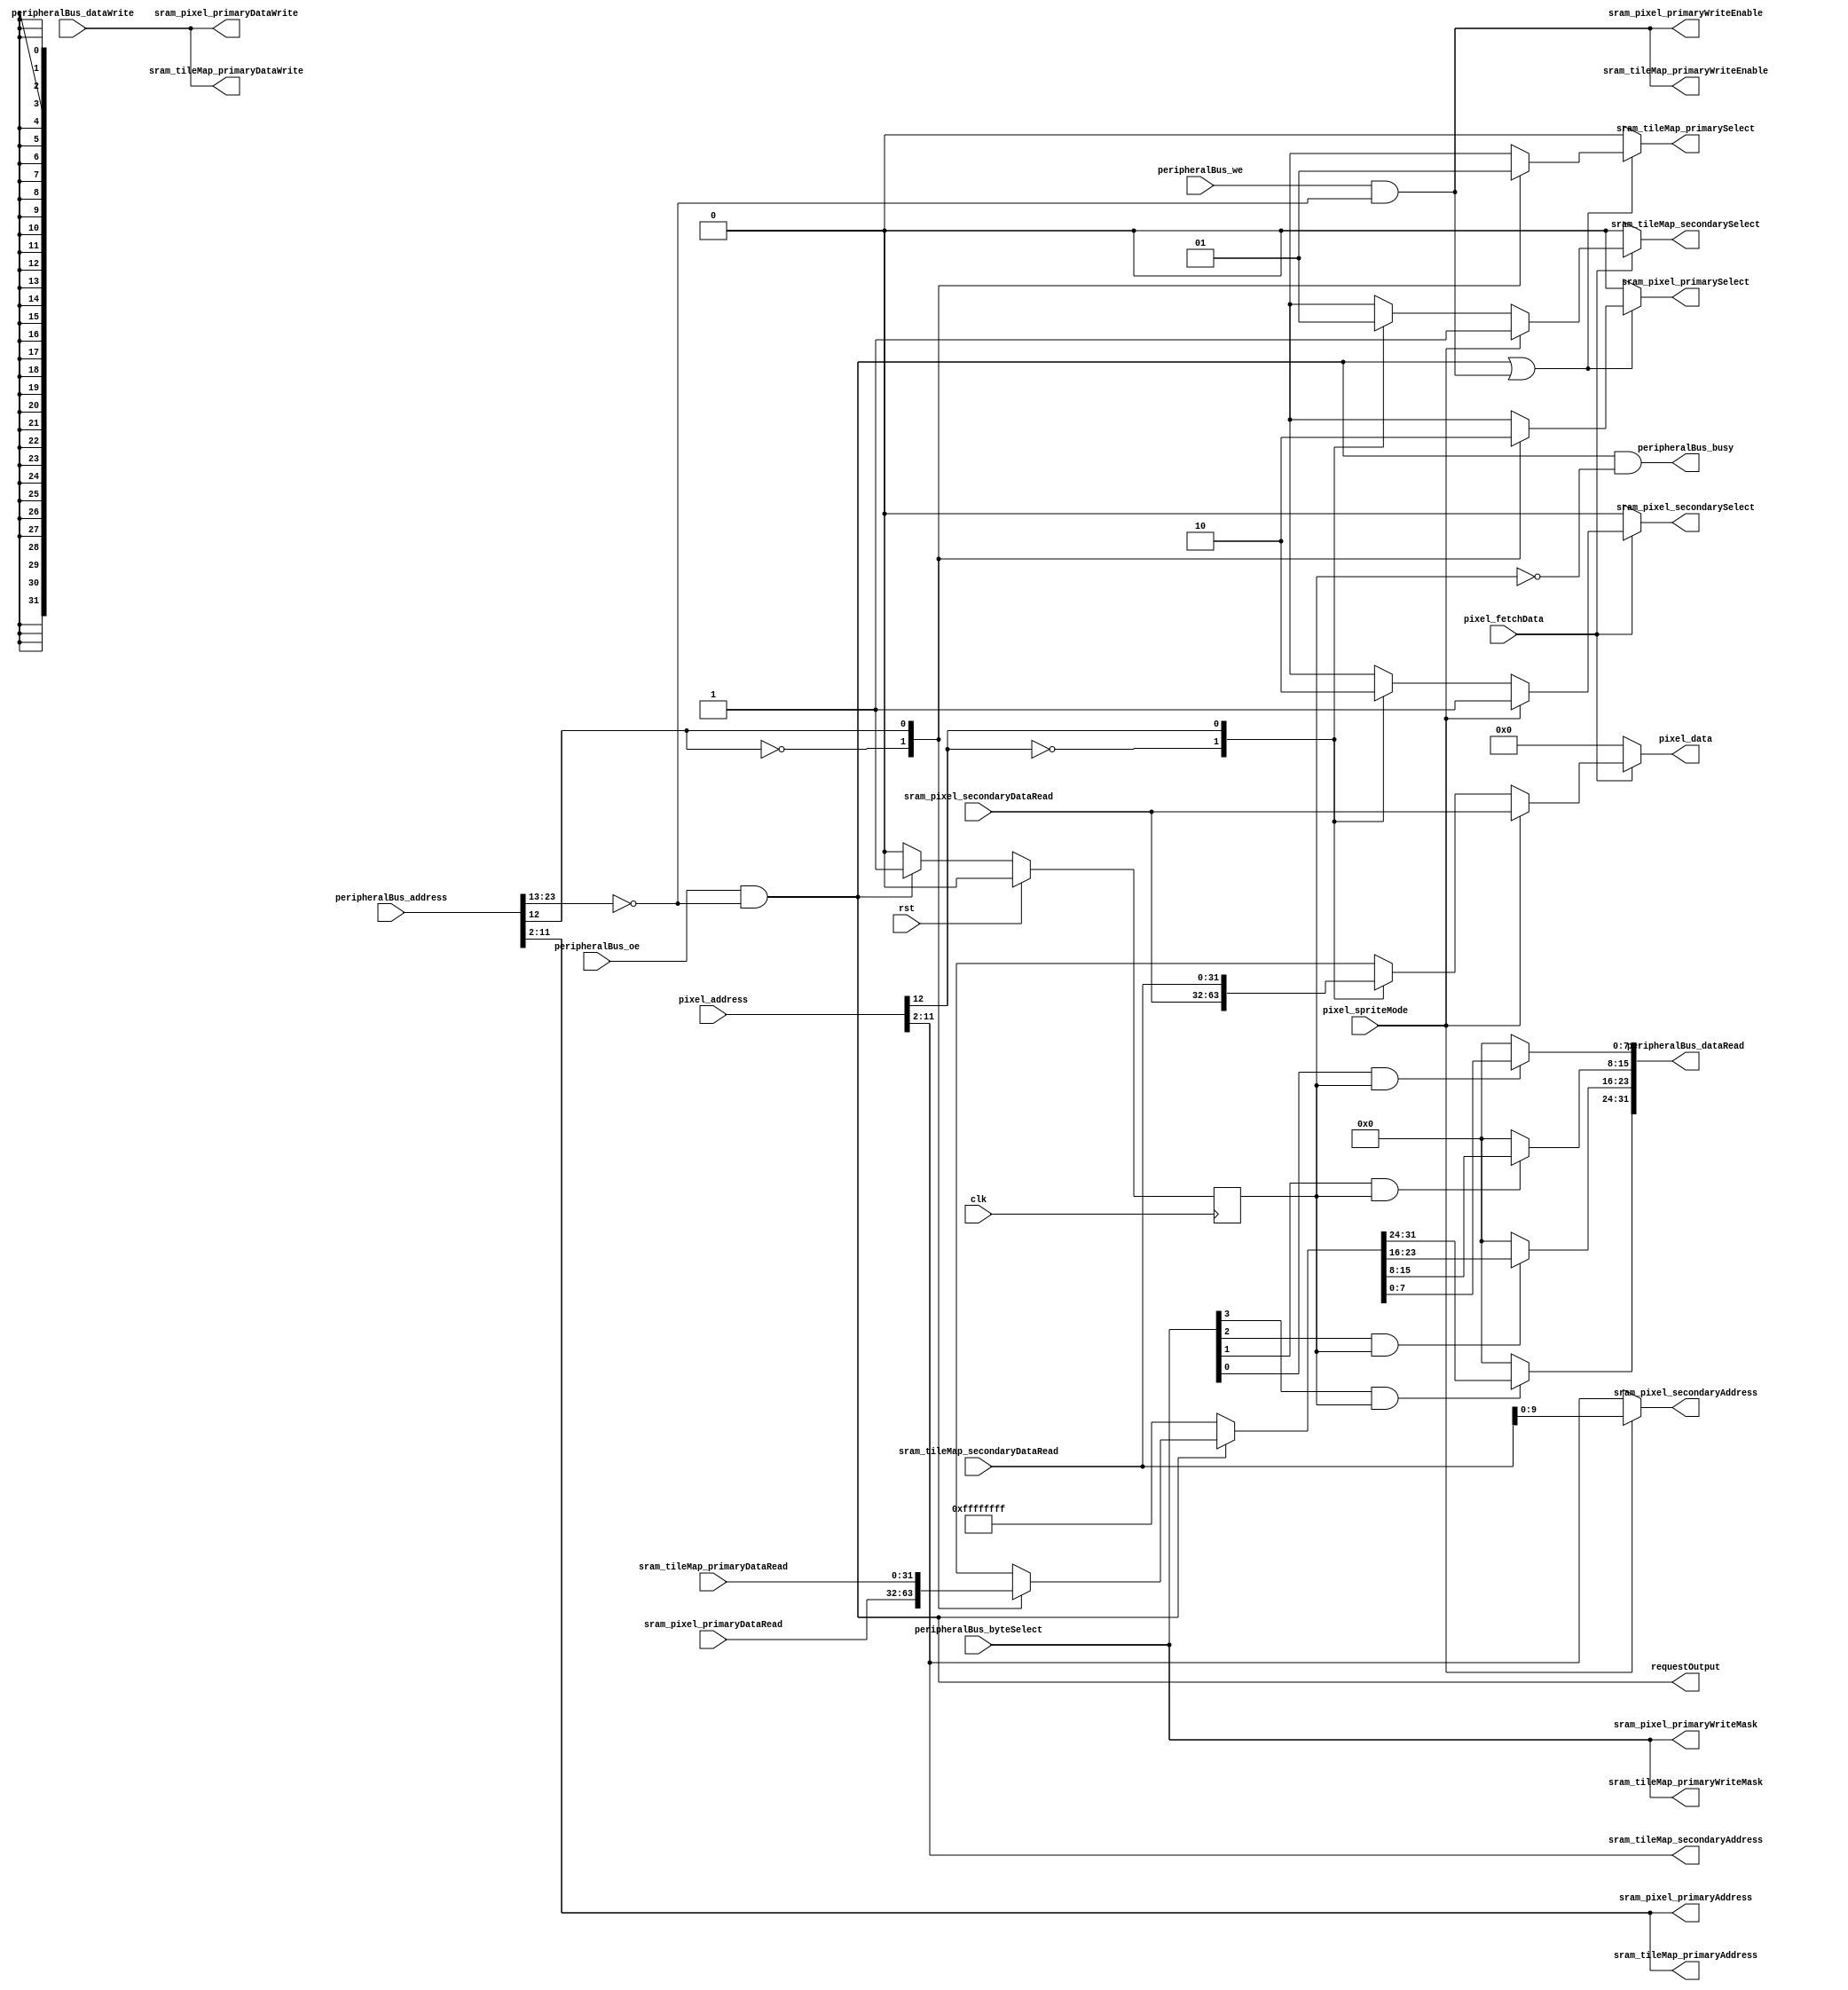
module VideoMemory (
`ifdef USE_POWER_PINS
		inout VPWR,
		inout VGND,
`endif

		input wire clk,
		input wire rst,

		// Peripheral bus interface
		input wire peripheralBus_we,
		input wire peripheralBus_oe,
		output wire peripheralBus_busy,
		input wire[23:0] peripheralBus_address,
		input wire[3:0] peripheralBus_byteSelect,
		input wire[31:0] peripheralBus_dataWrite,
		output wire[31:0] peripheralBus_dataRead,
		output wire requestOutput,

		// Video interface
		input wire pixel_spriteMode,
		input wire pixel_fetchData,
		input wire[SRAM_ADDRESS_SIZE+3-1:0] pixel_address,
		output reg[31:0] pixel_data,

		// Pixel data memory
		// Pixel SRAM rw bus port
		output reg sram_pixel_primarySelect,
		output wire sram_pixel_primaryWriteEnable,
		output wire[3:0] sram_pixel_primaryWriteMask,
		output wire[SRAM_ADDRESS_SIZE-1:0] sram_pixel_primaryAddress,
		output wire[31:0] sram_pixel_primaryDataWrite,
		input wire[31:0] sram_pixel_primaryDataRead,

		// pixel SRAM r draw port
		output reg sram_pixel_secondarySelect,
		output reg[SRAM_ADDRESS_SIZE-1:0] sram_pixel_secondaryAddress,
		input wire[31:0] sram_pixel_secondaryDataRead,

		// Pixel data memory or tilemap memory depending on mode
		// Tilemap SRAM rw bus port
		output reg sram_tileMap_primarySelect,
		output wire sram_tileMap_primaryWriteEnable,
		output wire[3:0] sram_tileMap_primaryWriteMask,
		output wire[SRAM_ADDRESS_SIZE-1:0] sram_tileMap_primaryAddress,
		output wire[31:0] sram_tileMap_primaryDataWrite,
		input wire[31:0] sram_tileMap_primaryDataRead,

		// Tilemap SRAM r draw port
		output reg sram_tileMap_secondarySelect,
		output reg[SRAM_ADDRESS_SIZE-1:0] sram_tileMap_secondaryAddress,
		input wire[31:0] sram_tileMap_secondaryDataRead
	);

	localparam SRAM_ADDRESS_SIZE = 10;
	localparam SRAM_PERIPHERAL_BUS_ADDRESS = 11'h000;

	// ---------------------------------------------------------------- //
	// ----------------------- Primary Bus Port ----------------------- //
	// ---------------------------------------------------------------- //

	wire peripheralBusValidAddress = peripheralBus_address[23:SRAM_ADDRESS_SIZE+3] == SRAM_PERIPHERAL_BUS_ADDRESS;
	wire peripheralBusReadEnable = peripheralBus_oe && peripheralBusValidAddress;
	wire peripheralBusWriteEnable = peripheralBus_we && peripheralBusValidAddress;
	wire peripheralBusEnableSRAM = peripheralBusReadEnable || peripheralBusWriteEnable;
	wire peripheralBusSRAMBank = peripheralBus_address[SRAM_ADDRESS_SIZE+2];

	// Set enable bit for peripheral bus port
	always @(*) begin
		sram_pixel_primarySelect = 1'b0;
		sram_tileMap_primarySelect = 1'b0;

		if (peripheralBusEnableSRAM) begin
			case (peripheralBusSRAMBank)
				1'b0: sram_pixel_primarySelect = 1'b1;
				1'b1: sram_tileMap_primarySelect = 1'b1;
			endcase
		end
	end

	// Read data only valid the clock cycle after the address is sent
	reg wbReadReady = 1'b0;
	always @(posedge clk) begin
		if (rst) wbReadReady <= 1'b0;
		else if (peripheralBusReadEnable) wbReadReady <= 1'b1;
		else wbReadReady <= 1'b0;
	end

	reg[31:0] readData;
	assign peripheralBus_dataRead = {
		peripheralBus_byteSelect[3] && wbReadReady ? readData[31:24] : 8'h00,
		peripheralBus_byteSelect[2] && wbReadReady ? readData[23:16] : 8'h00,
		peripheralBus_byteSelect[1] && wbReadReady ? readData[15:8]  : 8'h00,
		peripheralBus_byteSelect[0] && wbReadReady ? readData[7:0]   : 8'h00
	};

	assign peripheralBus_busy = peripheralBusReadEnable && !wbReadReady;
	assign requestOutput = peripheralBusReadEnable;

	assign sram_pixel_primaryWriteEnable = peripheralBusWriteEnable;
	assign sram_pixel_primaryWriteMask = peripheralBus_byteSelect;
	assign sram_pixel_primaryAddress = peripheralBus_address[SRAM_ADDRESS_SIZE+1:2];
	assign sram_pixel_primaryDataWrite = peripheralBus_dataWrite;

	assign sram_tileMap_primaryWriteEnable = peripheralBusWriteEnable;
	assign sram_tileMap_primaryWriteMask = peripheralBus_byteSelect;
	assign sram_tileMap_primaryAddress = peripheralBus_address[SRAM_ADDRESS_SIZE+1:2];
	assign sram_tileMap_primaryDataWrite = peripheralBus_dataWrite;

	// Select return data for peripheral bus port
	always @(*) begin
		if (peripheralBusReadEnable) begin
			case (peripheralBusSRAMBank)
				1'b0: readData = sram_pixel_primaryDataRead;
				1'b1: readData = sram_tileMap_primaryDataRead;
			endcase
		end else begin
			readData = ~32'b0;
		end
	end

	// ---------------------------------------------------------------- //
	// -------------------- Secondary Display Data -------------------- //
	// ---------------------------------------------------------------- //

	// Set enable bit for video port
	always @(*) begin
		sram_pixel_secondarySelect = 1'b0;
		sram_tileMap_secondarySelect = 1'b0;

		if (pixel_fetchData) begin
			if (pixel_spriteMode) begin
				sram_pixel_secondarySelect = 1'b1;
				sram_tileMap_secondarySelect = 1'b1;
			end else begin
				case (pixel_address[SRAM_ADDRESS_SIZE+2])
					1'b0: sram_pixel_secondarySelect = 1'b1;
					1'b1: sram_tileMap_secondarySelect = 1'b1;
				endcase
			end
		end
	end

	// Address for video port
	always @(*) begin
		if (pixel_spriteMode) begin
			sram_pixel_secondaryAddress = sram_tileMap_secondaryDataRead[SRAM_ADDRESS_SIZE-1:0];
			sram_tileMap_secondaryAddress = pixel_address[SRAM_ADDRESS_SIZE+1:2];
		end else begin
			sram_pixel_secondaryAddress = pixel_address[SRAM_ADDRESS_SIZE+1:2];
			sram_tileMap_secondaryAddress = pixel_address[SRAM_ADDRESS_SIZE+1:2];
		end
	end

	// Select return data for video port
	always @(*) begin
		pixel_data = 32'b0;

		if (pixel_fetchData) begin
			if (pixel_spriteMode) begin
				pixel_data = sram_pixel_secondaryDataRead;
			end else begin
				case (pixel_address[SRAM_ADDRESS_SIZE+2])
					1'b0: pixel_data = sram_pixel_secondaryDataRead;
					1'b1: pixel_data = sram_tileMap_secondaryDataRead;
				endcase
			end
		end
	end

	wire[1:0] _unused_peripheralBus_address = peripheralBus_address[1:0];

endmodule